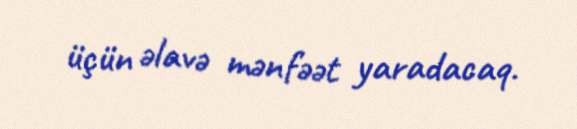
üçün əlavə mənfəət yaradacaq.